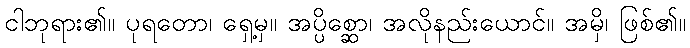
ငါဘုရား၏။ ပုရတော၊ ရှေ့မှ။ အပ္ပိစ္ဆော၊ အလိုနည်းယောင်။ အမှိ၊ ဖြစ်၏။